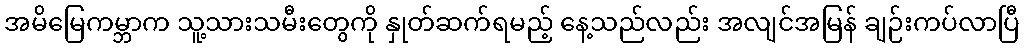
အမိမြေကမ္ဘာက သူ့သားသမီးတွေကို နှုတ်ဆက်ရမည့် နေ့သည်လည်း အလျင်အမြန် ချဉ်းကပ်လာပြီ